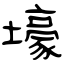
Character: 壕